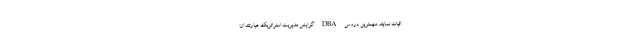
اثبات نمایند. مهمترین دروس DBA گرایش مدیریت استراتژیک عبارتند از: